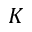
K